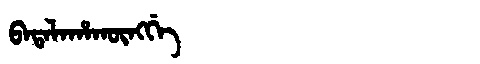
Manchu: ᠪᠠᡨᠠᠯᠠᡥᠠᡴᡡᠩᡤᡝ
Romanization: BATALAHAKŪNGGE